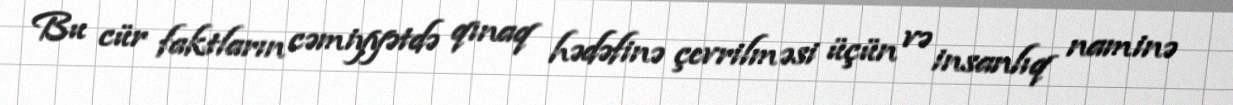
Bu cür faktların cəmiyyətdə qınaq hədəfinə çevrilməsi üçün və insanlıq naminə